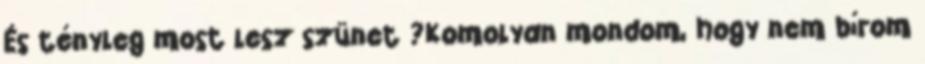
És tényleg most lesz szünet ?Komolyan mondom, hogy nem bírom